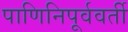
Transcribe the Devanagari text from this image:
पाणिनिपूर्ववर्ती